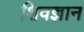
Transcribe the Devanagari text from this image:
शिवज्ञान